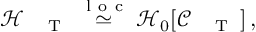
\begin{array} { r } { \mathcal { H } _ { \mathrm { ~ \tiny ~ \textnormal ~ { ~ T ~ } ~ } } \stackrel { \mathrm { ~ l ~ o ~ c ~ } } { \simeq } \mathcal { H } _ { 0 } [ \mathcal { C } _ { \mathrm { ~ \tiny ~ \textnormal ~ { ~ T ~ } ~ } } ] \, , } \end{array}